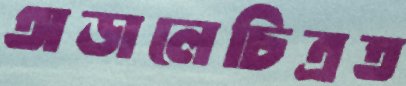
অড়ালেচিত্রত